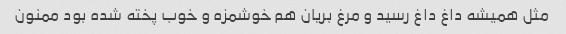
مثل همیشه داغ داغ رسید و مرغ بریان هم خوشمزه و خوب پخته شده بود ممنون